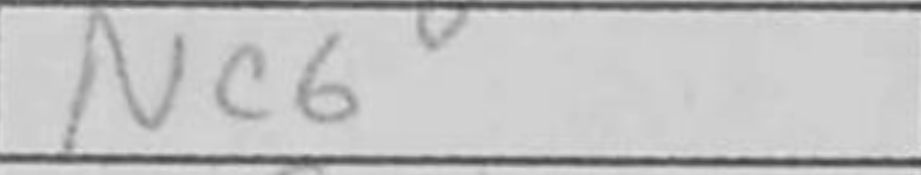
Transcription: Nc6